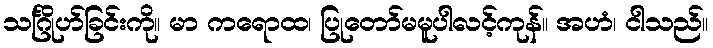
သင်္ဂြိုဟ်ခြင်းကို။ မာ ကရောထ၊ ပြုတော်မမူပါလင့်ကုန်။ အဟံ၊ ငါသည်။